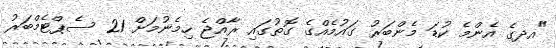
"އދގެ އެންމެ ކުޑަ މެންބަރު ގައުމެއްގެ ގޮތުގައި ރާއްޖެ ހިމެނުމަށް 21 ސެޕްޓެމްބަރު